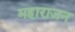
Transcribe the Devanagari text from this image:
महाराजन